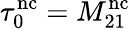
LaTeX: \tau_{0}^{\mathrm{nc}}=M_{21}^{\mathrm{nc}}